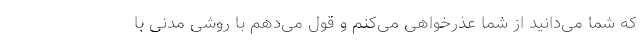
که شما می‌دانید از شما عذرخواهی می‌کنم و قول می‌دهم با روشی مدنی با